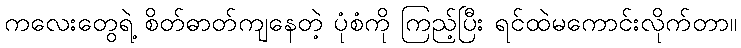
ကလေးတွေရဲ့ စိတ်ဓာတ်ကျနေတဲ့ ပုံစံကို ကြည့်ပြီး ရင်ထဲမကောင်းလိုက်တာ။